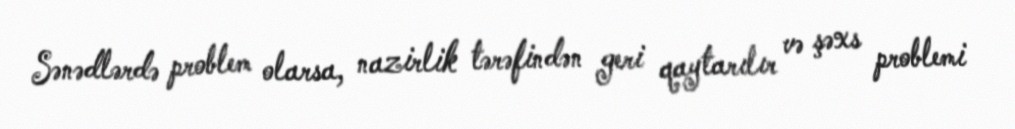
Sənədlərdə problem olarsa, nazirlik tərəfindən geri qaytarılır və şəxs problemi